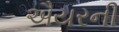
ઐયરની